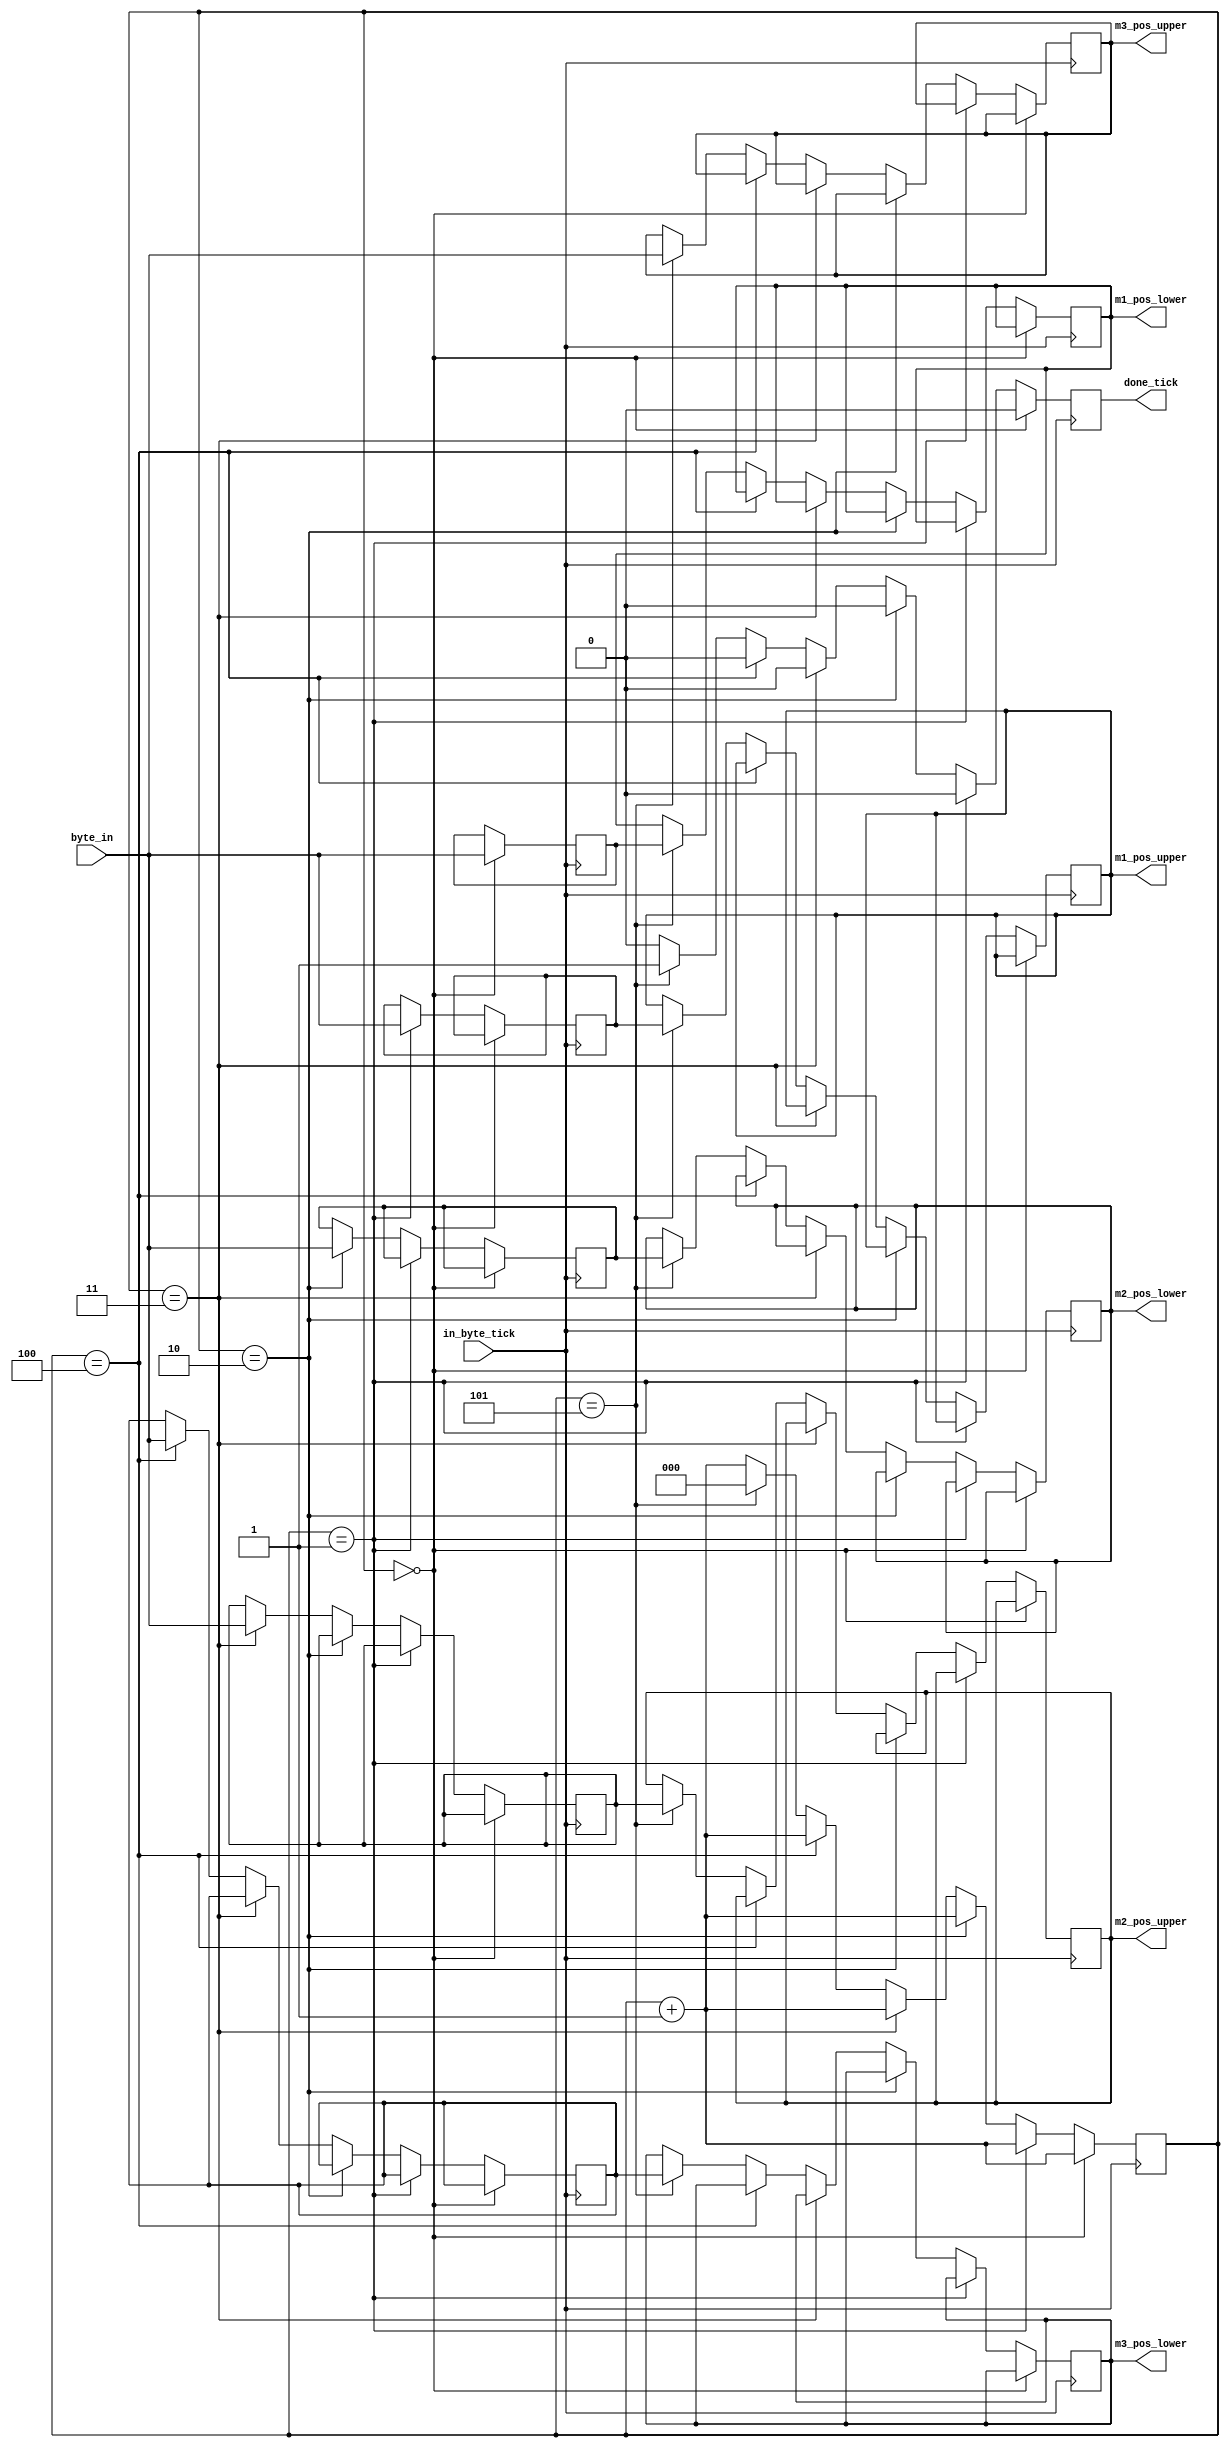
module motor_coords_reg(input [7:0] byte_in, input in_byte_tick, 
								output reg done_tick, output reg [7:0] m1_pos_upper, output reg [7:0] m1_pos_lower, output reg [7:0] m2_pos_upper, output reg [7:0] m2_pos_lower, output reg [7:0] m3_pos_upper, output reg [7:0] m3_pos_lower);
	parameter IDLE = 1'b0, 
				 DATA = 1'b1;
				
	reg state = IDLE;
	reg [2:0] counter = 3'd0;
	
	reg [7:0] m1_pos_internal_upper;
	reg [7:0] m1_pos_internal_lower;
	reg [7:0] m2_pos_internal_upper;
	reg [7:0] m2_pos_internal_lower;
	reg [7:0] m3_pos_internal_upper;
	reg [7:0] m3_pos_internal_lower;

	
	always @(posedge in_byte_tick) begin		
		counter <= counter + 1'd1;
		done_tick <= 1'b0;
		
		if(counter == 3'd0)
			m1_pos_internal_lower <= byte_in;
		else if (counter == 3'd1)
			m1_pos_internal_upper <= byte_in;
		else if(counter == 3'd2)
			m2_pos_internal_lower <= byte_in;
		else if(counter == 3'd3)
			m2_pos_internal_upper <= byte_in;
		else if(counter == 3'd4)
			m3_pos_internal_lower <= byte_in;
		else if(counter == 3'd5) begin
			m1_pos_lower <= m1_pos_internal_lower;
			m1_pos_upper <= m1_pos_internal_upper;
			
			m2_pos_lower <= m2_pos_internal_lower;
			m2_pos_upper <= m2_pos_internal_upper;

			m3_pos_lower <= m3_pos_internal_lower;
			m3_pos_upper <= byte_in;
			counter <= 3'd0;
			done_tick <= 1'b1;
		end
	end		
//	always @(posedge in_byte_tick) begin
//		case(state) 
//			IDLE: begin
//				if(byte_in != 8'd253) begin
//					counter <= 3'd0;
//					state <= DATA;
//					done_tick <= 1'b0;
//				end
//			end
//			DATA: begin
//				counter <= counter + 1'b1;
//
//				if(counter == 3'd0) 
//					m1_pos_internal = { m1_pos_internal[15:8], byte_in };
//				else if(counter == 3'd1)
//					m1_pos_internal = { byte_in, m1_pos_internal[7:0] };
//				else if(counter == 3'd2)
//					m2_pos_internal = { m2_pos_internal[15:8], byte_in };
//				else if(counter == 3'd3)
//					m2_pos_internal = { byte_in, m2_pos_internal[7:0] };
//				else if(counter == 3'd4)
//					m3_pos_internal = { m3_pos_internal[15:8], byte_in };
//				else if(counter == 3'd5)
//					m3_pos_internal = { byte_in, m3_pos_internal[7:0] };
//				else if(counter == 3'd6) begin
//					if(byte_in == 8'd254) begin
//						m1_pos <= m1_pos_internal;
//						m2_pos <= m2_pos_internal;
//						m3_pos <= m3_pos_internal;
//						state <= IDLE;
//						counter <= 3'd0;		
//						done_tick <= 1'b1;
//					end
//					else begin
//						state <= IDLE;
//						counter <= 3'd0;
//					end
//				end			
//			end
//		endcase	
//	end
endmodule